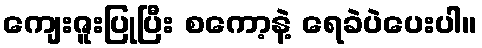
ကျေးဇူးပြုပြီး စကော့နဲ့ ရေခဲပဲပေးပါ။